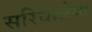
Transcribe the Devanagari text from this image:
सरिधालेय्स